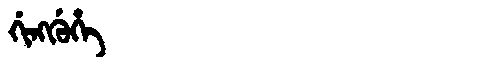
Manchu: ᡤᡳᠩᡤᡠᡥᡝ
Romanization: GINGGUHE